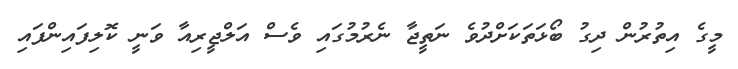
މީގެ އިތުރުން ދިގު ބޯޅަތަކަށްދުވެ ނަތީޖާ ނެރުމުގައި ވެސް އަލްޖީރިއާ ވަނީ ކޮލިފައިންފައި